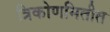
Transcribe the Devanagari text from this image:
त्रिकोणमितीत